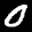
Label: 0